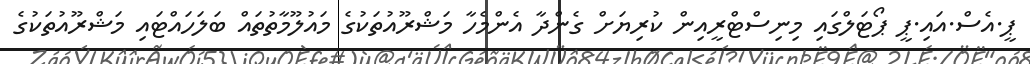
ޕީ.އެސް.އައި.ޕީ ޕޯޓަލްގައި މިނިސްޓްރީއިން ކުރިޔަށް ގެންދާ އެންމެހާ މަޝްރޫއުތަކުގެ މައުލޫމާތުތައް ބަލަހައްޓައި މަޝްރޫއުތަކުގެ